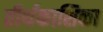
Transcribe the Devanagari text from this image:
तीर्थकाशिका